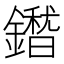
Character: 𮣕